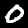
Digit: 0